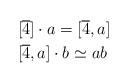
LaTeX: \begin{align*}&[\overline{4}] \cdot a = [\overline{4},a] \\&[\overline{4},a] \cdot b \simeq ab\end{align*}